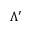
\Lambda ^ { \prime }